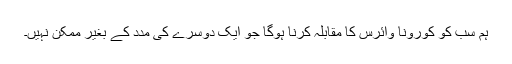
ہم سب کو کورونا وائرس کا مقابلہ کرنا ہوگا جو ایک دوسرے کی مدد کے بغیر ممکن نہیں۔